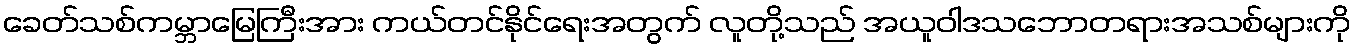
ခေတ်သစ်ကမ္ဘာမြေကြီးအား ကယ်တင်နိုင်ရေးအတွက် လူတို့သည် အယူဝါဒသဘောတရားအသစ်များကို